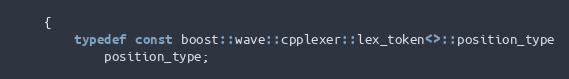
Language: C
    {
        typedef const boost::wave::cpplexer::lex_token<>::position_type
            position_type;